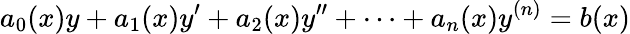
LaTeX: a_{0}(x)y+a_{1}(x)y^{\prime}+a_{2}(x)y^{\prime\prime}+\cdots+a_{n}(x)y^{(n)}=b(x)